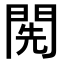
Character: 𨴐